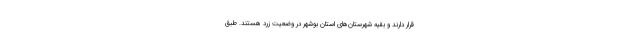
قرار دارند و بقیه شهرستان‌های استان بوشهر در وضعیت زرد هستند. طبق